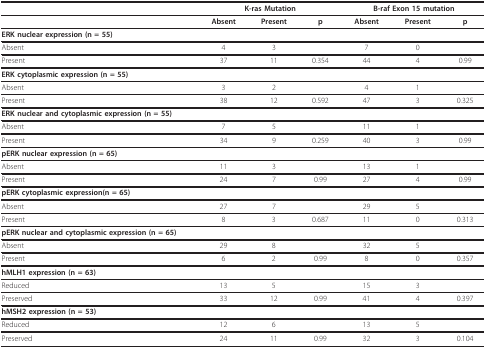
<table><thead><tr><td></td><td colspan="3"><b>K-ras Mutation</b></td><td colspan="3"><b>B-raf Exon 15 mutation</b></td></tr></thead><tbody><tr><td></td><td><b>Absent</b></td><td><b>Present</b></td><td><b>p</b></td><td><b>Absent</b></td><td><b>Present</b></td><td><b>p</b></td></tr><tr><td><b>ERK nuclear expression (n = 55)</b></td><td></td><td></td><td></td><td></td><td></td><td></td></tr><tr><td>Absent</td><td>4</td><td>3</td><td></td><td>7</td><td>0</td><td></td></tr><tr><td>Present</td><td>37</td><td>11</td><td>0.354</td><td>44</td><td>4</td><td>0.99</td></tr><tr><td><b>ERK cytoplasmic expression (n = 55)</b></td><td></td><td></td><td></td><td></td><td></td><td></td></tr><tr><td>Absent</td><td>3</td><td>2</td><td></td><td>4</td><td>1</td><td></td></tr><tr><td>Present</td><td>38</td><td>12</td><td>0.592</td><td>47</td><td>3</td><td>0.325</td></tr><tr><td><b>ERK nuclear and cytoplasmic expression (n = 55)</b></td><td></td><td></td><td></td><td></td><td></td><td></td></tr><tr><td>Absent</td><td>7</td><td>5</td><td></td><td>11</td><td>1</td><td></td></tr><tr><td>Present</td><td>34</td><td>9</td><td>0.259</td><td>40</td><td>3</td><td>0.99</td></tr><tr><td><b>pERK nuclear expression (n = 65)</b></td><td></td><td></td><td></td><td></td><td></td><td></td></tr><tr><td>Absent</td><td>11</td><td>3</td><td></td><td>13</td><td>1</td><td></td></tr><tr><td>Present</td><td>24</td><td>7</td><td>0.99</td><td>27</td><td>4</td><td>0.99</td></tr><tr><td><b>pERK cytoplasmic expression(n = 65)</b></td><td></td><td></td><td></td><td></td><td></td><td></td></tr><tr><td>Absent</td><td>27</td><td>7</td><td></td><td>29</td><td>5</td><td></td></tr><tr><td>Present</td><td>8</td><td>3</td><td>0.687</td><td>11</td><td>0</td><td>0.313</td></tr><tr><td><b>pERK nuclear and cytoplasmic expression (n = 65)</b></td><td></td><td></td><td></td><td></td><td></td><td></td></tr><tr><td>Absent</td><td>29</td><td>8</td><td></td><td>32</td><td>5</td><td></td></tr><tr><td>Present</td><td>6</td><td>2</td><td>0.99</td><td>8</td><td>0</td><td>0.357</td></tr><tr><td><b>hMLH1 expression (n = 63)</b></td><td></td><td></td><td></td><td></td><td></td><td></td></tr><tr><td>Reduced</td><td>13</td><td>5</td><td></td><td>15</td><td>3</td><td></td></tr><tr><td>Preserved</td><td>33</td><td>12</td><td>0.99</td><td>41</td><td>4</td><td>0.397</td></tr><tr><td><b>hMSH2 expression (n = 53)</b></td><td></td><td></td><td></td><td></td><td></td><td></td></tr><tr><td>Reduced</td><td>12</td><td>6</td><td></td><td>13</td><td>5</td><td></td></tr><tr><td>Preserved</td><td>24</td><td>11</td><td>0.99</td><td>32</td><td>3</td><td>0.104</td></tr></tbody></table>